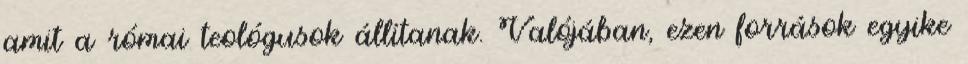
amit a római teológusok állítanak. Valójában, ezen források egyike